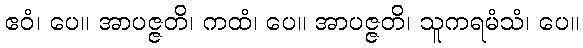
ဧဝံ၊ ပေ။ အာပဇ္ဇတိ၊ ကထံ၊ ပေ။ အာပဇ္ဇတိ၊ သူကရမံသံ၊ ပေ။